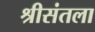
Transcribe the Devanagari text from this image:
श्रीसंतला